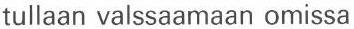
tullaan valssaamaan omissa